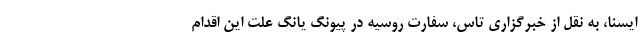
ایسنا، به نقل از خبرگزاری تاس، سفارت روسیه در پیونگ یانگ علت این اقدام